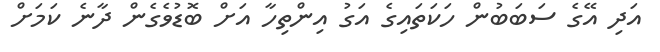
އަދި އޭގެ ސަބަބުން ހަކަތައިގެ އަގު އިންތިހާ އަށް ބޮޑުވެގެން ދާނެ ކަމަށް